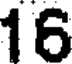
16